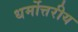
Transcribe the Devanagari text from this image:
धर्मोत्तरीय